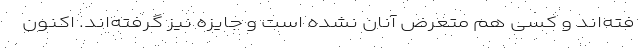
فته‌اند و کسی هم متعرض آنان نشده است و جایزه نیز گرفته‌اند. اکنون